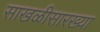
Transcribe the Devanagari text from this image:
साखळीसारख्या